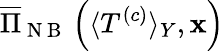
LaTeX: \overline{{\Pi}}_{\mathrm{~N~B~}}\left(\langle T^{\left(c\right)}\rangle_{Y},\mathbf{x}\right)